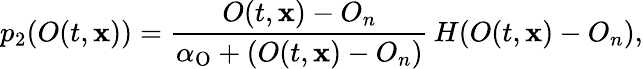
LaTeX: p_{2}(O(t,\mathbf{x}))=\frac{O(t,\mathbf{x})-O_{n}}{\alpha_{\textup{O}}+(O(t,\mathbf{x})-O_{n})}\, H(O(t,\mathbf{x})-O_{n}),